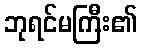
ဘုရင်မကြီး၏